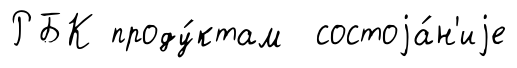
РБК проду́ктам состоjа́н'иjе